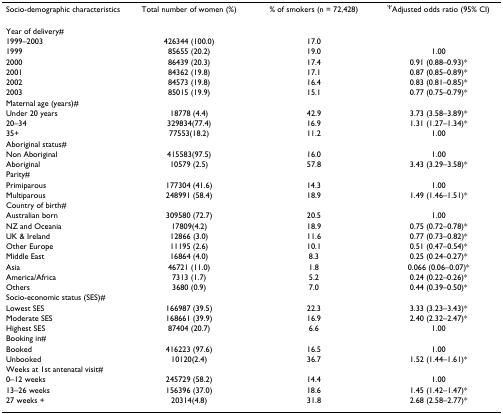
<table><thead><tr><td><b>Socio-demographic characteristics</b></td><td><b>Total number of women (%)</b></td><td><b>% of smokers (n = 72,428)</b></td><td><b><sup>Ψ</sup>Adjusted odds ratio (95% CI)</b></td></tr></thead><tbody><tr><td>Year of delivery#</td><td></td><td></td><td></td></tr><tr><td>1999–2003</td><td>426344 (100.0)</td><td>17.0</td><td></td></tr><tr><td>1999</td><td>85655 (20.2)</td><td>19.0</td><td>1.00</td></tr><tr><td>2000</td><td>86439 (20.3)</td><td>17.4</td><td>0.91 (0.88–0.93)*</td></tr><tr><td>2001</td><td>84362 (19.8)</td><td>17.1</td><td>0.87 (0.85–0.89)*</td></tr><tr><td>2002</td><td>84573 (19.8)</td><td>16.4</td><td>0.83 (0.81–0.85)*</td></tr><tr><td>2003</td><td>85015 (19.9)</td><td>15.1</td><td>0.77 (0.75–0.79)*</td></tr><tr><td>Maternal age (years)#</td><td></td><td></td><td></td></tr><tr><td>Under 20 years</td><td>18778 (4.4)</td><td>42.9</td><td>3.73 (3.58–3.89)*</td></tr><tr><td>20–34</td><td>329834(77.4)</td><td>16.9</td><td>1.31 (1.27–1.34)*</td></tr><tr><td>35+</td><td>77553(18.2)</td><td>11.2</td><td>1.00</td></tr><tr><td>Aboriginal status#</td><td></td><td></td><td></td></tr><tr><td>Non Aboriginal</td><td>415583(97.5)</td><td>16.0</td><td>1.00</td></tr><tr><td>Aboriginal</td><td>10579 (2.5)</td><td>57.8</td><td>3.43 (3.29–3.58)*</td></tr><tr><td>Parity#</td><td></td><td></td><td></td></tr><tr><td>Primiparous</td><td>177304 (41.6)</td><td>14.3</td><td>1.00</td></tr><tr><td>Multiparous</td><td>248991 (58.4)</td><td>18.9</td><td>1.49 (1.46–1.51)*</td></tr><tr><td>Country of birth#</td><td></td><td></td><td></td></tr><tr><td>Australian born</td><td>309580 (72.7)</td><td>20.5</td><td>1.00</td></tr><tr><td>NZ and Oceania</td><td>17809(4.2)</td><td>18.9</td><td>0.75 (0.72–0.78)*</td></tr><tr><td>UK &amp; Ireland</td><td>12866 (3.0)</td><td>11.6</td><td>0.77 (0.73–0.82)*</td></tr><tr><td>Other Europe</td><td>11195 (2.6)</td><td>10.1</td><td>0.51 (0.47–0.54)*</td></tr><tr><td>Middle East</td><td>16864 (4.0)</td><td>8.3</td><td>0.25 (0.24–0.27)*</td></tr><tr><td>Asia</td><td>46721 (11.0)</td><td>1.8</td><td>0.066 (0.06–0.07)*</td></tr><tr><td>America/Africa</td><td>7313 (1.7)</td><td>5.2</td><td>0.24 (0.22–0.26)*</td></tr><tr><td>Others</td><td>3680 (0.9)</td><td>7.0</td><td>0.44 (0.39–0.50)*</td></tr><tr><td>Socio-economic status (SES)#</td><td></td><td></td><td></td></tr><tr><td>Lowest SES</td><td>166987 (39.5)</td><td>22.3</td><td>3.33 (3.23–3.43)*</td></tr><tr><td>Moderate SES</td><td>168661 (39.9)</td><td>16.9</td><td>2.40 (2.32–2.47)*</td></tr><tr><td>Highest SES</td><td>87404 (20.7)</td><td>6.6</td><td>1.00</td></tr><tr><td>Booking in#</td><td></td><td></td><td></td></tr><tr><td>Booked</td><td>416223 (97.6)</td><td>16.5</td><td>1.00</td></tr><tr><td>Unbooked</td><td>10120(2.4)</td><td>36.7</td><td>1.52 (1.44–1.61)*</td></tr><tr><td>Weeks at 1st antenatal visit#</td><td></td><td></td><td></td></tr><tr><td>0–12 weeks</td><td>245729 (58.2)</td><td>14.4</td><td>1.00</td></tr><tr><td>13–26 weeks</td><td>156396 (37.0)</td><td>18.6</td><td>1.45 (1.42–1.47)*</td></tr><tr><td>27 weeks +</td><td>20314(4.8)</td><td>31.8</td><td>2.68 (2.58–2.77)*</td></tr></tbody></table>